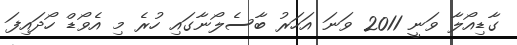
ގާޑިއޯލާ ވަނީ 2011 ވަނަ އަހަރު ބާސެލޯނާގައި ހުރެ މި އެވޯޑް ހޯދައިފަ